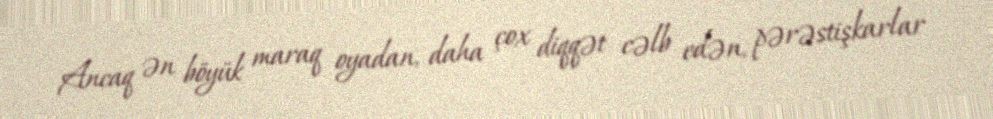
Ancaq ən böyük maraq oyadan, daha çox diqqət cəlb edən, pərəstişkarlar